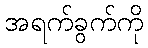
အရက်ခွက်ကို